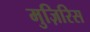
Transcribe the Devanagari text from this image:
मुज़िरिस